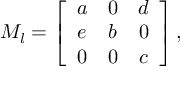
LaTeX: { \cal M } _ { l } = \left[ \begin{array} { c c c } { { a } } & { { 0 } } & { { d } } \\ { { e } } & { { b } } & { { 0 } } \\ { { 0 } } & { { 0 } } & { { c } } \end{array} \right] ,